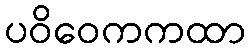
ပဝိဝေကကထာ